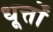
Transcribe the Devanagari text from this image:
धूर्त्तों